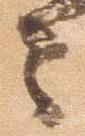
々